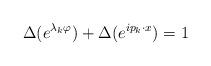
LaTeX: \begin{align*}\Delta(e^{\lambda_{k}\varphi}) + \Delta(e^{ip_{k} \cdot x}) = 1\end{align*}